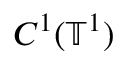
C ^ { 1 } ( \ensuremath { \mathbb { T } } ^ { 1 } )